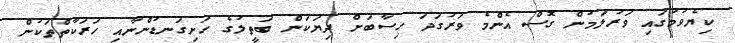
ކިޔެވުމުގައި ވަރުލަމުން ގޮސް އެންމެ ވަރުގަދަ ހިސާބަށް ދިޔަކަން ބަތީލުގެ ހަށިގަނޑުންނާއި ހަރަކާތްތަކުން